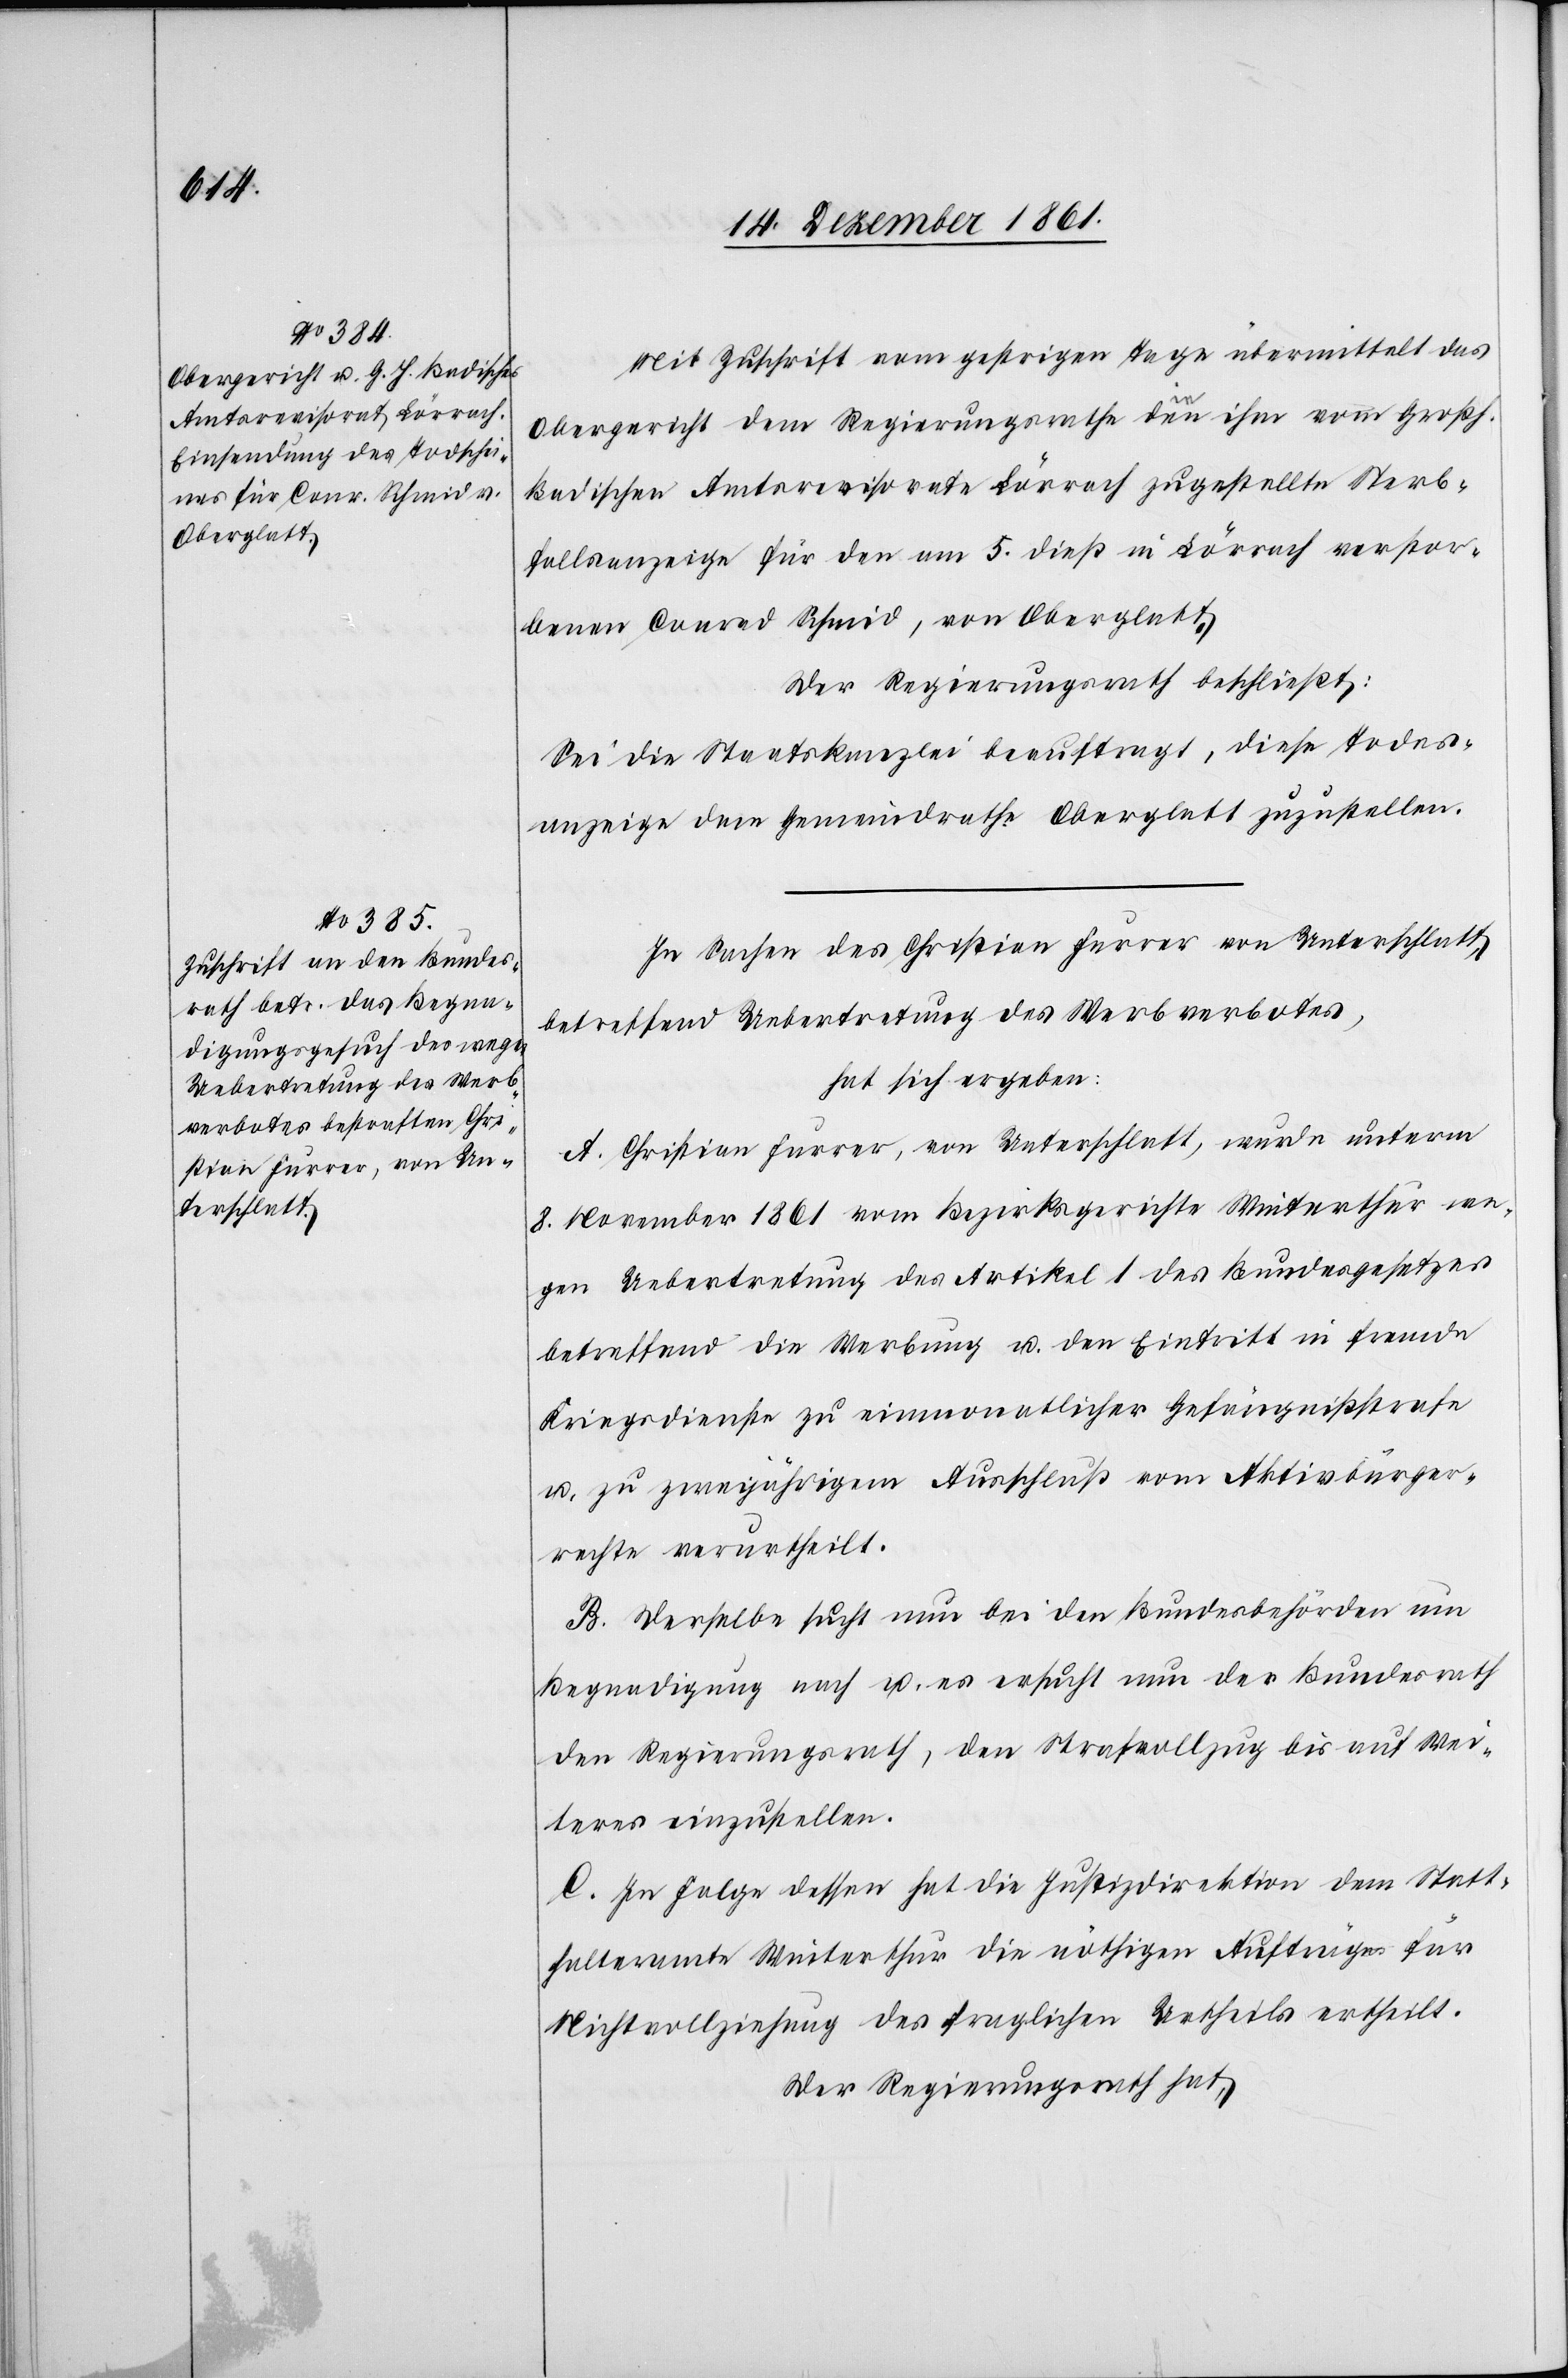
Mit Zuschrift vom gestrigen Tage übermittelt das
Obergericht dem Regierungsrathe die ihm vom Großh.
Badischen Amtsrevisorate Lörrach zugestellte Sterb¬
fallsanzeige für den am 5 dieß in Lörrach verstor¬
benen Conrad Schmid, von Oberglatt.
Der Regierungsrath beschließt:
Sei die Staatskanzlei beauftragt, diese Todes¬
anzeige dem Gemeindrathe Oberglatt zuzustellen.
In Sachen des Christian Furrer von Unterschlatt,
betreffend Uebertretung des Werbverbotes,
hat sich ergeben:
A. Christian Furrer, von Unterschlatt, wurde unterm
8 November 1861 vom Bezirksgerichte Winterthur we¬
gen Uebertretung des Artikel 1 des Bundesgesetzes
betreffend die Werbung u. den Eintritt in fremde
Kriegsdienste zu einmonatlicher Gefängnißstrafe
u. zu zweijährigem Ausschluß vom Aktivbürger¬
rechte verurtheilt.
B. Derselbe ersucht nun bei den Bundesbehörden um
Begnadigung nach u. es ersucht nun der Bundesrath
den Regierungsrath, den Strafvollzug bis auf Wei¬
teres einzustellen.
C. In Folge dessen hat die Justizdirektion dem Statt¬
halteramte Winterthur die nöthigen Aufträge für
Nichtvollziehung des fraglichen Urtheils ertheilt.
Der Regierungsrath hat,